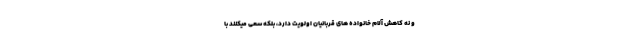
و نه کاهش آلام خانواده های قربانیان اولویت دارد، بلکه سعی میکنند با